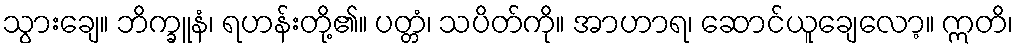
သွားချေ။ ဘိက္ခူနံ၊ ရဟန်းတို့၏။ ပတ္တံ၊ သပိတ်ကို။ အာဟာရ၊ ဆောင်ယူချေလော့။ ဣတိ၊